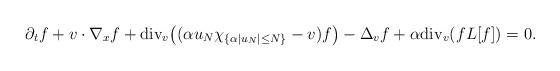
LaTeX: \begin{align*}\partial_t f+v\cdot \nabla_x f+ {\rm{div}}_v\big( (\alpha u_N \chi_{\{\alpha |u_N|\leq N \}}-v)f\big)-\Delta_v f+\alpha {\rm{div}}_v(fL[f])=0.\end{align*}